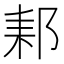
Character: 𨛙